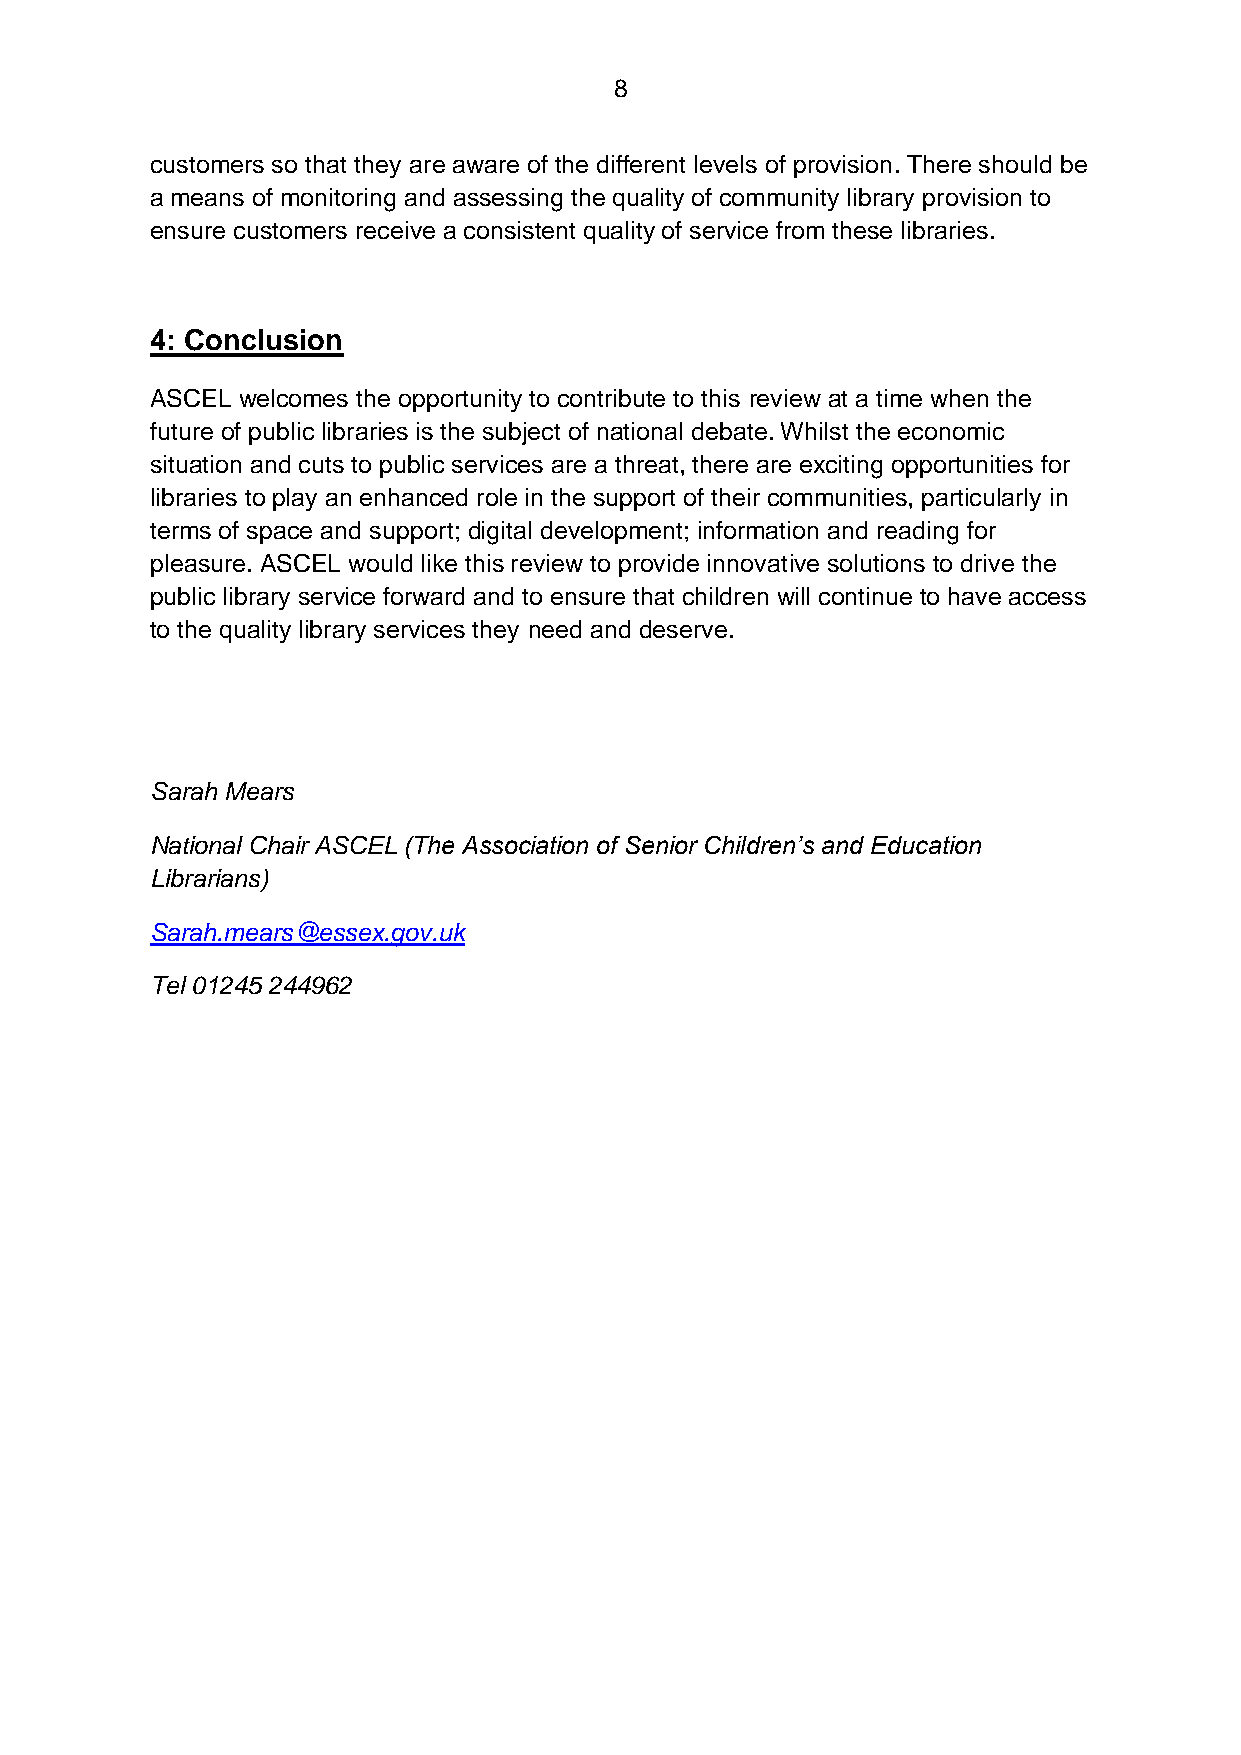
8
 customers so that they are aware of the different levels of provision. There should be
 a means of monitoring and assessing the quality of community library provision to
 ensure customers receive a consistent quality of service from these libraries.
 4: Conclusion
 ASCEL welcomes the opportunity to contribute to this review at a time when the
 future of public libraries is the subject of national debate. Whilst the economic
 situation and cuts to public services are a threat, there are exciting opportunities for
 libraries to play an enhanced role in the support of their communities, particularly in
 terms of space and support; digital development; information and reading for
 pleasure. ASCEL would like this review to provide innovative solutions to drive the
 public library service forward and to ensure that children will continue to have access
 to the quality library services they need and deserve.
 Sarah Mears
 National Chair ASCEL (The Association of Senior Children’s and Education
 Librarians)
 Sarah.mears@essex.gov.uk
 Tel 01245 244962